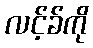
လင့်ခ်ကို